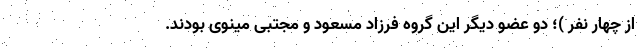
از چهار نفر )؛ دو عضو دیگر این گروه فرزاد مسعود و مجتبی مینوی بودند.